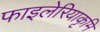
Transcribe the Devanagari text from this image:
फाइलेरियाकृमि